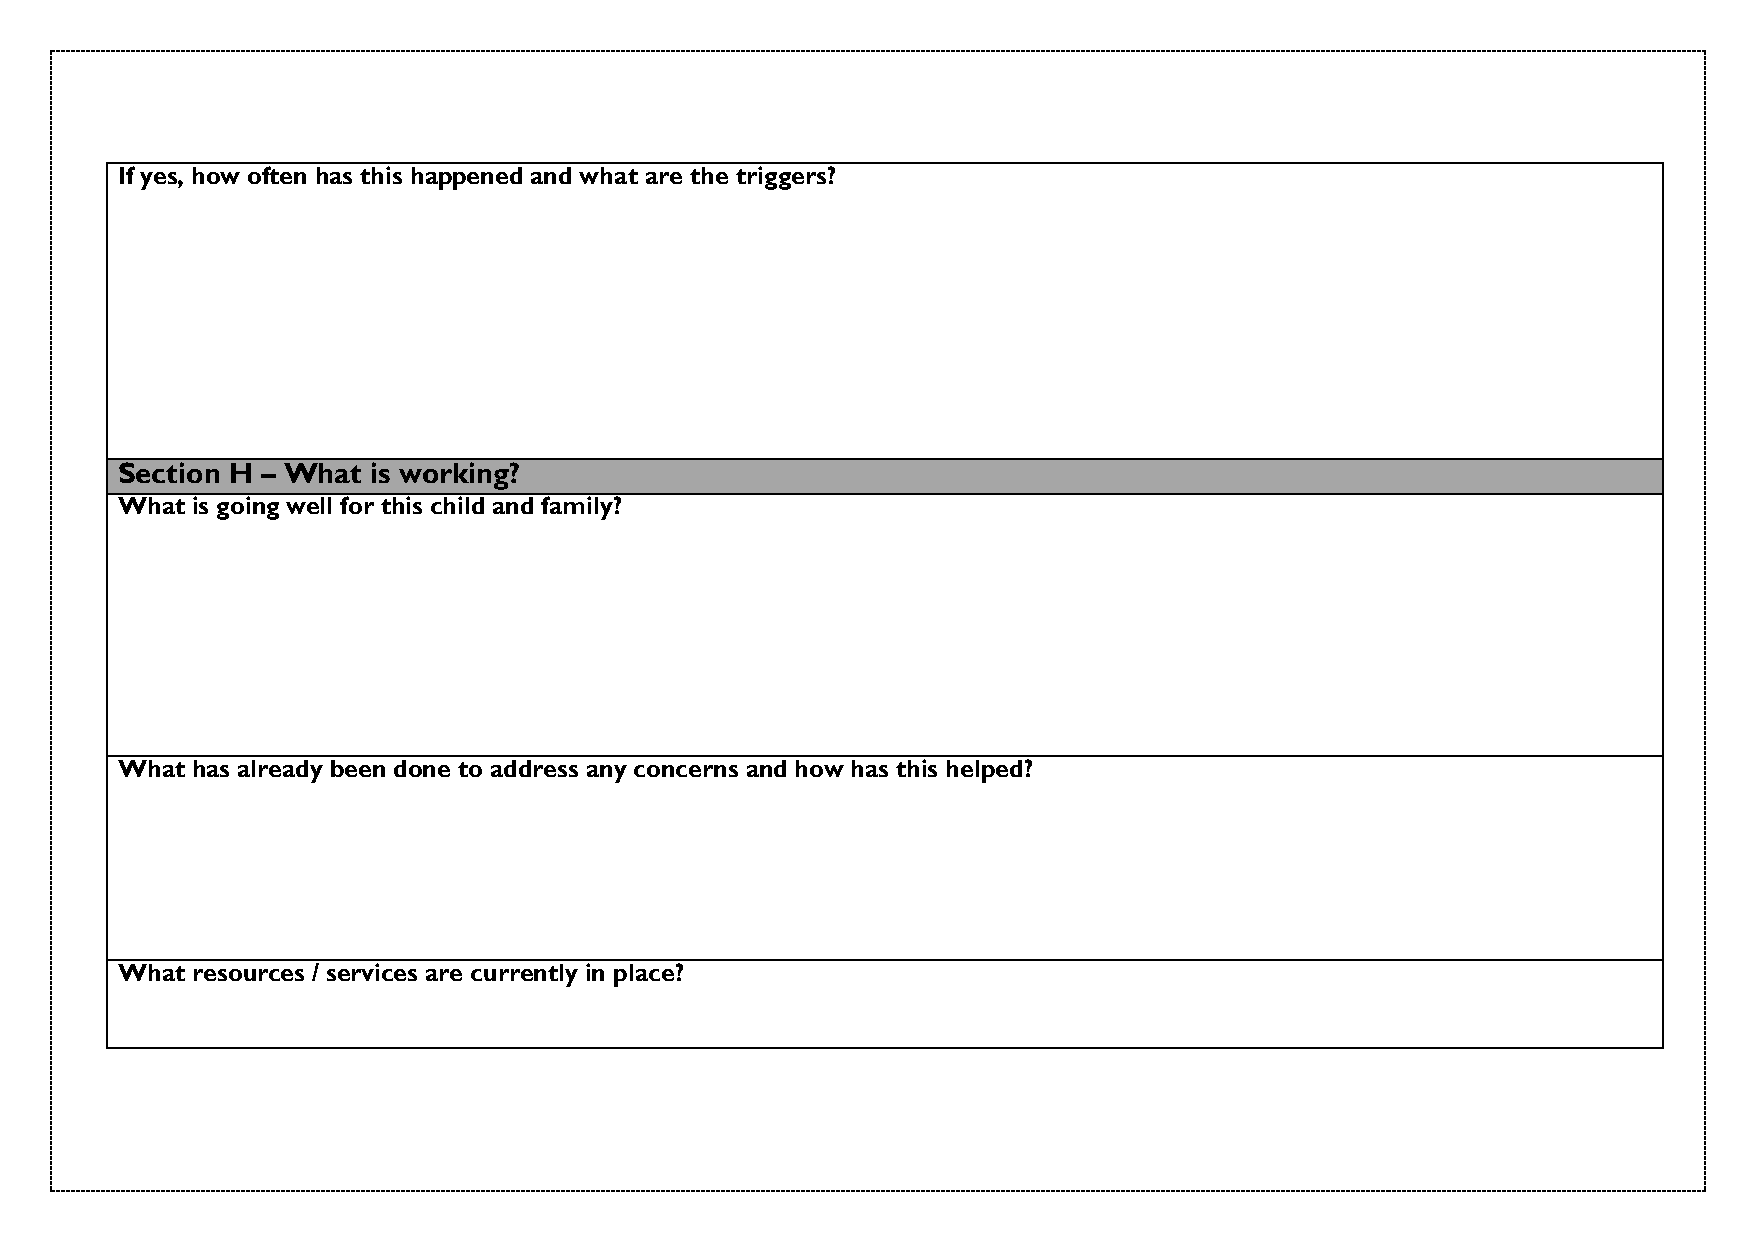
If yes, how often has this happened and what are the triggers?
 Section H – What is working?
 What is going well for this child and family?
 What has already been done to address any concerns and how has this helped?
 What resources / services are currently in place?